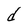
Character: d